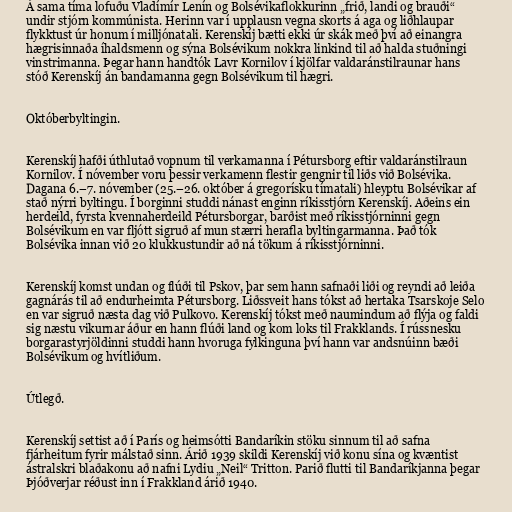
Á sama tíma lofuðu Vladímír Lenín og Bolsévikaflokkurinn „frið, landi og brauði“
undir stjórn kommúnista. Herinn var í upplausn vegna skorts á aga og liðhlaupar
flykktust úr honum í milljónatali. Kerenskíj bætti ekki úr skák með því að einangra
hægrisinnaða íhaldsmenn og sýna Bolsévikum nokkra linkind til að halda stuðningi
vinstrimanna. Þegar hann handtók Lavr Kornilov í kjölfar valdaránstilraunar hans
stóð Kerenskíj án bandamanna gegn Bolsévikum til hægri.

Októberbyltingin.

Kerenskíj hafði úthlutað vopnum til verkamanna í Pétursborg eftir valdaránstilraun
Kornilov. Í nóvember voru þessir verkamenn flestir gengnir til liðs við Bolsévika.
Dagana 6.–7. nóvember (25.–26. október á gregorísku tímatali) hleyptu Bolsévikar af
stað nýrri byltingu. Í borginni studdi nánast enginn ríkisstjórn Kerenskíj. Aðeins ein
herdeild, fyrsta kvennaherdeild Pétursborgar, barðist með ríkisstjórninni gegn
Bolsévikum en var fljótt sigruð af mun stærri herafla byltingarmanna. Það tók
Bolsévika innan við 20 klukkustundir að ná tökum á ríkisstjórninni.

Kerenskíj komst undan og flúði til Pskov, þar sem hann safnaði liði og reyndi að leiða
gagnárás til að endurheimta Pétursborg. Liðssveit hans tókst að hertaka Tsarskoje Selo
en var sigruð næsta dag við Pulkovo. Kerenskíj tókst með naumindum að flýja og faldi
sig næstu vikurnar áður en hann flúði land og kom loks til Frakklands. Í rússnesku
borgarastyrjöldinni studdi hann hvoruga fylkinguna því hann var andsnúinn bæði
Bolsévikum og hvítliðum.

Útlegð.

Kerenskíj settist að í París og heimsótti Bandaríkin stöku sinnum til að safna
fjárheitum fyrir málstað sinn. Árið 1939 skildi Kerenskíj við konu sína og kvæntist
ástralskri blaðakonu að nafni Lydiu „Neil“ Tritton. Parið flutti til Bandaríkjanna þegar
Þjóðverjar réðust inn í Frakkland árið 1940.